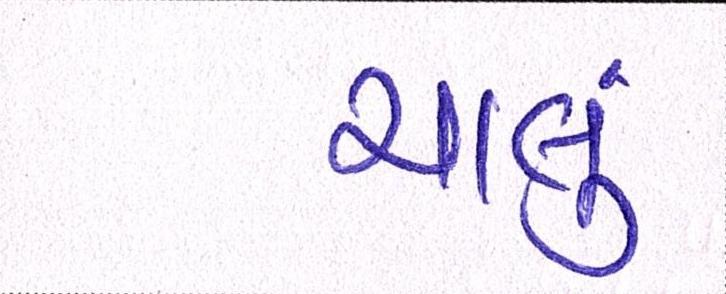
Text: ચાલું